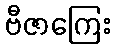
ဗီဇာကြေး